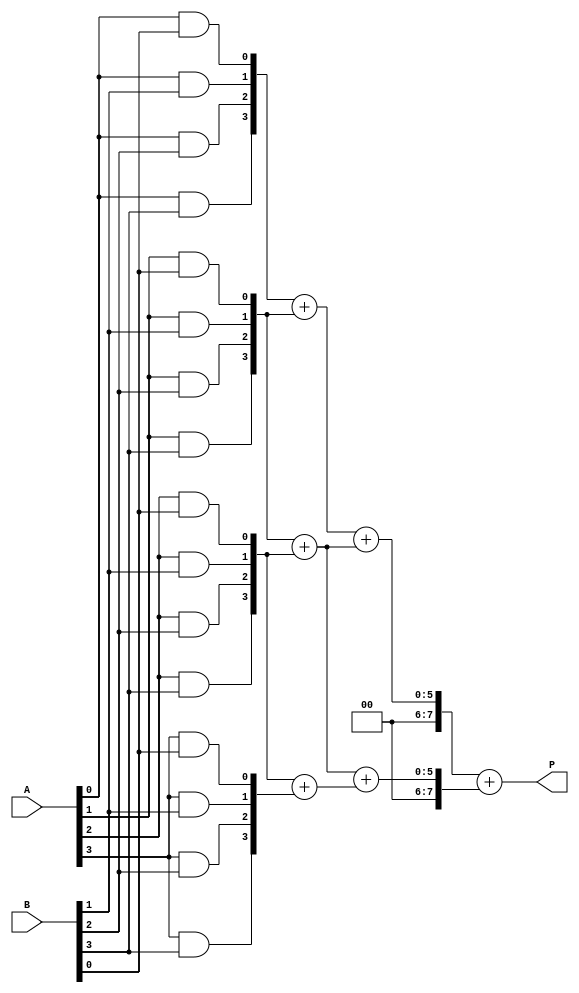
module FaultTolerantWallaceTreeMultiplier #(parameter N = 4) (
    input [N-1:0] A, 
    input [N-1:0] B,
    output reg [2*N-1:0] P
);

    // Intermediate signals
    wire [N-1:0] partial_products [0:N-1];
    wire [2*N-1:0] sum_stage1 [0:N-1];
    wire [2*N-1:0] sum_stage2 [0:N-1];
    wire [2*N-1:0] final_sum;
    
    // Generate Partial Products
    genvar i, j;
    generate
        for (i = 0; i < N; i = i + 1) begin : pp_gen
            for (j = 0; j < N; j = j + 1) begin : pp_and
                assign partial_products[i][j] = A[i] & B[j];
            end
        end
    endgenerate

    // Wallace Tree Reduction
    // Stage 1: Sum partial products using half and full adders
    // This is a simplified version and may not cover all cases
    generate
        for (i = 0; i < N; i = i + 1) begin : wallace_stage1
            if (i < N-1) begin
                // Using simple addition for demonstration
                assign sum_stage1[i] = partial_products[i] + partial_products[i+1];
            end else begin
                assign sum_stage1[i] = partial_products[i];
            end
        end
    endgenerate

    // Stage 2: Further reduction
    generate
        for (i = 0; i < N-1; i = i + 1) begin : wallace_stage2
            if (i < N-2) begin
                assign sum_stage2[i] = sum_stage1[i] + sum_stage1[i+1];
            end else begin
                assign sum_stage2[i] = sum_stage1[i];
            end
        end
    endgenerate

    // Final Addition Stage
    assign final_sum = sum_stage2[0] + sum_stage2[1];

    // Fault Tolerance Mechanism (Redundancy)
    // Example: Simple parity check for fault detection
    wire [N-1:0] parity_bits;
    generate
        for (i = 0; i < N; i = i + 1) begin : parity_gen
            assign parity_bits[i] = ^partial_products[i]; // XOR for parity
        end
    endgenerate

    // Output Stage
    always @(*) begin
        // Check for faults (simple example)
        if (|parity_bits) begin
            // Fault detected, switch to redundant path (if available)
            P = final_sum; // Placeholder for redundant path
        end else begin
            P = final_sum;
        end
    end

endmodule